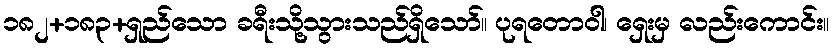
၁၈၂+၁၈၃+ရှည်သော ခရီးသို့သွားသည်ရှိသော်။ ပုရတောဝါ၊ ရှေးမှ လည်းကောင်း။